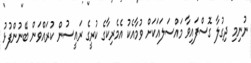
ނުނިމި ދިގުލާ ގޮސްފައިވާ މައްސަލައަކަށް ވުމާއެކު އެމެރިކާގެ ކުރީގެ ރައީސުން ކުރައްވަން ބޭނުންފުޅު